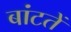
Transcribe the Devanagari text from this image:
बांटतें